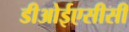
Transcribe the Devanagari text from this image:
डीओईएसीसी